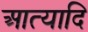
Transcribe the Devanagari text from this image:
आत्यादि